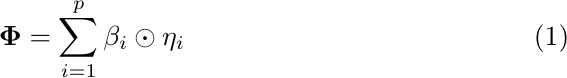
    \begin{equation}
       {\LARGE \mathbf{\Phi} = \sum_{i=1}^p \mathbf{\beta}_i \odot \mathbf{\eta}_i }
    \end{equation}